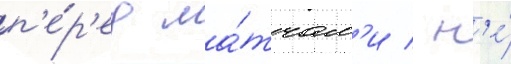
п'е́р'ед ма́тчам'и / н'е́